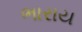
ભારાય